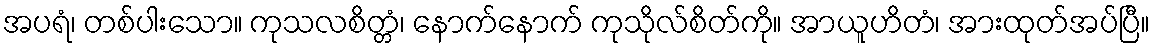
အပရံ၊ တစ်ပါးသော။ ကုသလစိတ္တံ၊ နောက်နောက် ကုသိုလ်စိတ်ကို။ အာယူဟိတံ၊ အားထုတ်အပ်ပြီ။